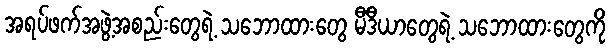
အရပ်ဖက်အဖွဲ့အစည်းတွေရဲ့ သဘောထားတွေ မီဒီယာတွေရဲ့ သဘောထားတွေကို